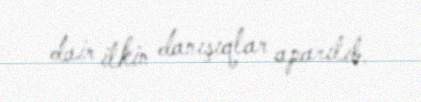
dair ilkin danışıqlar aparılıb.